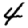
Digit: 4